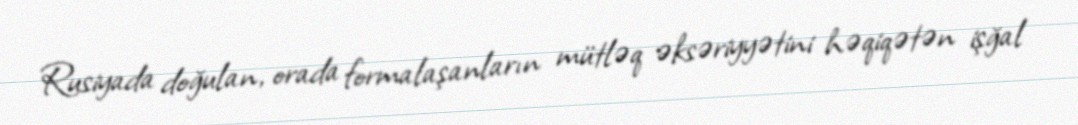
Rusiyada doğulan, orada formalaşanların mütləq əksəriyyətini həqiqətən işğal